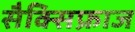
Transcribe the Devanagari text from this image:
सैक्सिफ्राज